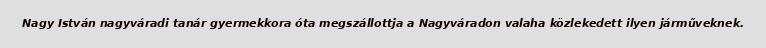
Nagy István nagyváradi tanár gyermekkora óta megszállottja a Nagyváradon valaha közlekedett ilyen járműveknek.